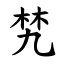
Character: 㭝